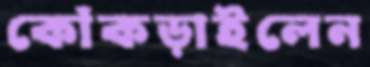
কোঁকড়াইলেন